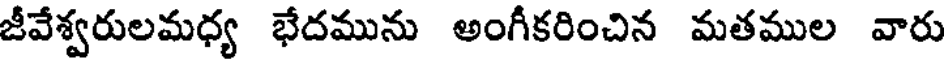
జీవేశ్వరులమధ్య భేదమును అంగీకరించిన మతముల వారు